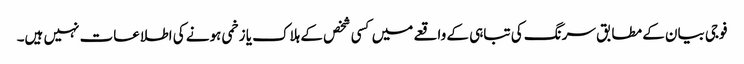
فوجی بیان کے مطابق سرنگ کی تباہی کے واقعے میں کسی شخص کے ہلاک یا زخمی ہونے کی اطلاعات نہیں ہیں۔